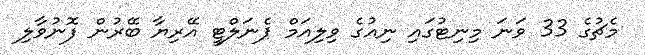
މެޗުގެ 33 ވަނަ މިނިޓުގައި ނިއުގެ ވިލިއަމް ޕެނަލްޓީ އޭރިޔާ ބޭރުން ފޮނުވާލި